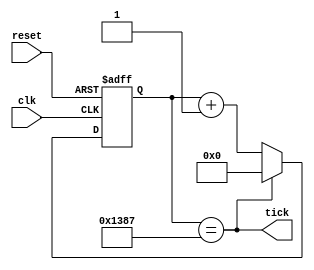
`timescale 1ns / 1ps
/*
    Trevor Scott   
* Filename: Design file  
* Version: 1.3 
*/

module test(clk, reset, tick);
input clk;
input reset;
output tick;

reg [12:0] count, ncount;
wire tick;

assign tick = (count == 13'd4999);

always @(posedge clk, posedge reset)
    if(reset) count <= 13'b0;
    else count <= ncount;
    
always @(*)
    if (tick) ncount = 13'b0;
    else ncount = count + 13'b1;    

endmodule